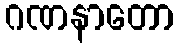
ဂဏနာတော